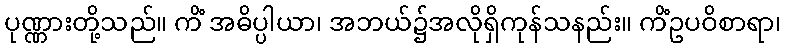
ပုဏ္ဏားတို့သည်။ ကိံ အဓိပ္ပါယာ၊ အဘယ်၌အလိုရှိကုန်သနည်း။ ကိံဥပဝိစာရာ၊